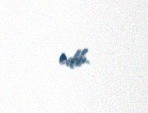
edib.